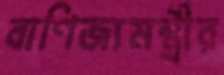
বাণিজ্যমন্ত্রীর